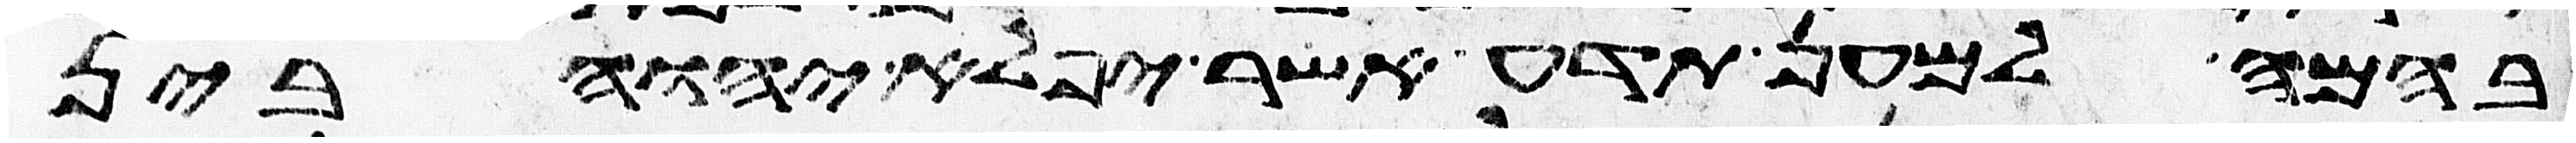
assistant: בהמה למען תדע אשר יפלא יהוה בין